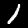
Label: 1